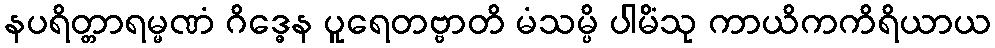
နပရိတ္တာရမ္မဏံ ဂိဒ္ဓေန ပူရေတဗ္ဗာတိ မံသမ္ပိ ပါမိံသု ကာယိကကိရိယာယ